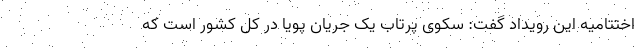
اختتامیه این رویداد گفت: سکوی پرتاب یک جریان پویا در کل کشور است که